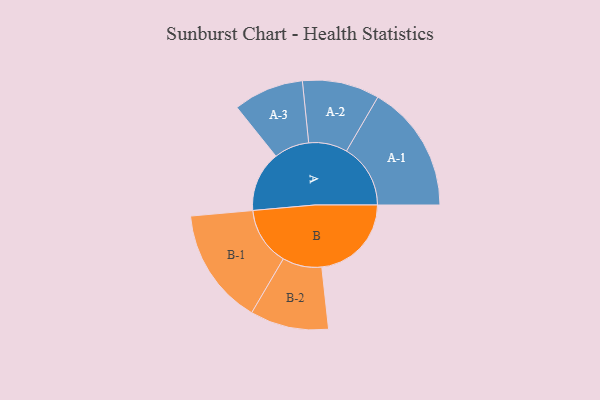
{"axis": {"x": "Segment", "y": "Value"}, "legend": ["", "A", "B"], "data": [{"x": "A", "y": 266, "type": ""}, {"x": "B", "y": 395, "type": ""}, {"x": "A-1", "y": 282, "type": "A"}, {"x": "A-2", "y": 170, "type": "A"}, {"x": "A-3", "y": 155, "type": "A"}, {"x": "B-1", "y": 257, "type": "B"}, {"x": "B-2", "y": 173, "type": "B"}]}